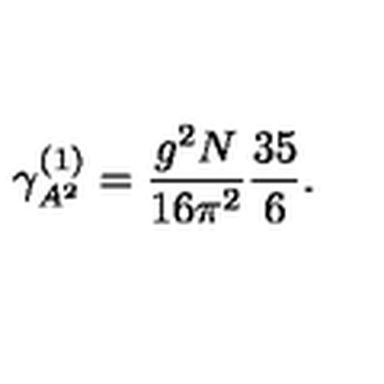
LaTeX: \gamma _ { A ^ { 2 } } ^ { ( 1 ) } = \frac { g ^ { 2 } N } { 1 6 \pi ^ { 2 } } \frac { 3 5 } { 6 } .